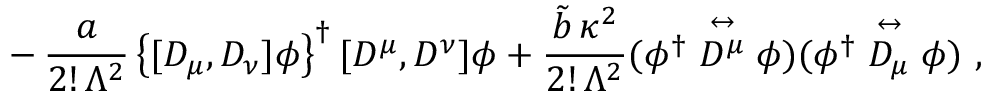
- \, { \frac { a } { 2 ! \, \Lambda ^ { 2 } } } \left\{ [ D _ { \mu } , D _ { \nu } ] \phi \right\} ^ { \dagger } [ D ^ { \mu } , D ^ { \nu } ] \phi + { \frac { \tilde { b } \, \kappa ^ { 2 } } { 2 ! \, \Lambda ^ { 2 } } } ( \phi ^ { \dagger } \stackrel { \leftrightarrow } { D ^ { \mu } } \phi ) ( \phi ^ { \dagger } \stackrel { \leftrightarrow } { D _ { \mu } } \phi ) ~ ,